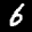
Label: 6